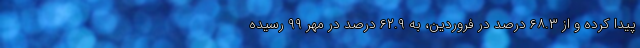
پیدا کرده و از ۶۸.۳ درصد در فروردین، به ۶۲.۹ درصد در مهر ۹۹ رسیده